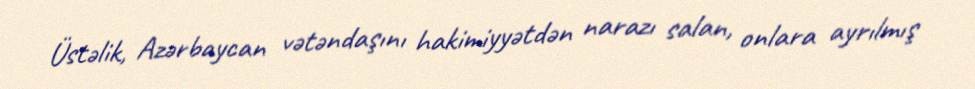
Üstəlik, Azərbaycan vətəndaşını hakimiyyətdən narazı salan, onlara ayrılmış